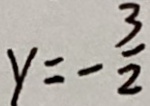
y = - \frac { 3 } { 2 }